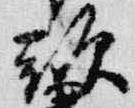
頭